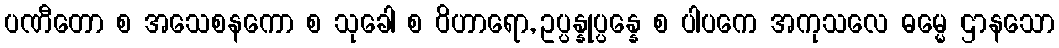
ပဏီတော စ အသေစနကော စ သုခေါ စ ဝိဟာရော, ဥပ္ပန္နုပ္ပန္နေ စ ပါပကေ အကုသလေ ဓမ္မေ ဌာနသော